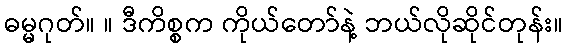
ဓမ္မဂုတ်။ ။ ဒီကိစ္စက ကိုယ်တော်နဲ့ ဘယ်လိုဆိုင်တုန်း။